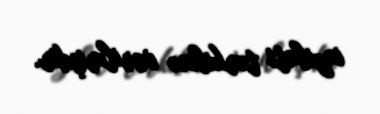
inzibati tərkibinə verilmişdir.